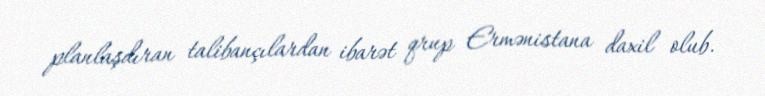
planlaşdıran talibançılardan ibarət qrup Ermənistana daxil olub.